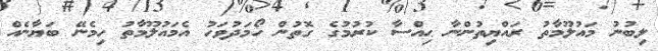
ލިބުނު މައުލޫމާތު ރައްޔިތުންނާ ޙިއްސާ ކުރުމުގެ ގޮތުން ހޯމަދުވަހު އެމައުލޫމާތު ހިމެނޭ ބަޔާނެއް